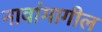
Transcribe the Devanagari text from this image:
नावांमागील